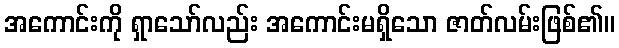
အကောင်းကို ရှာသော်လည်း အကောင်းမရှိသော ဇာတ်လမ်းဖြစ်၏။